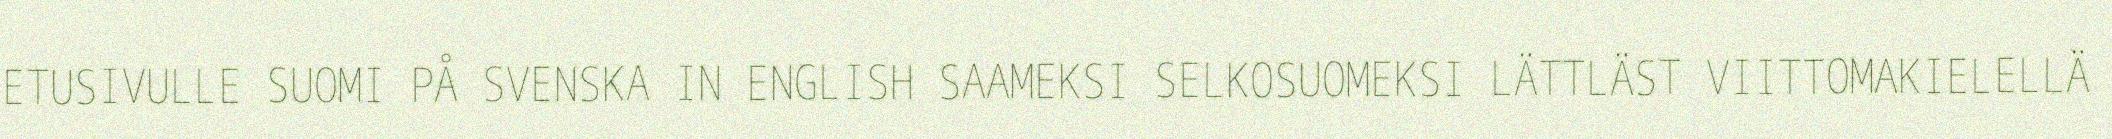
ETUSIVULLE SUOMI PÅ SVENSKA IN ENGLISH SAAMEKSI SELKOSUOMEKSI LÄTTLÄST VIITTOMAKIELELLÄ